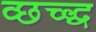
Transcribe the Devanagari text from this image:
व्छच्द्ध